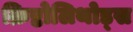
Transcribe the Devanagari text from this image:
क्रिष्टोलिथोड्स